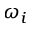
\omega _ { i }